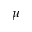
\mu